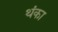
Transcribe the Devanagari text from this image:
थंका